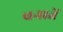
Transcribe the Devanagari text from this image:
बनातें